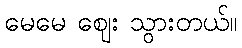
မေမေ ဈေး သွားတယ်။